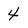
Character: 4